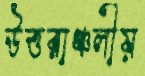
উত্তরাঞ্চলীয়